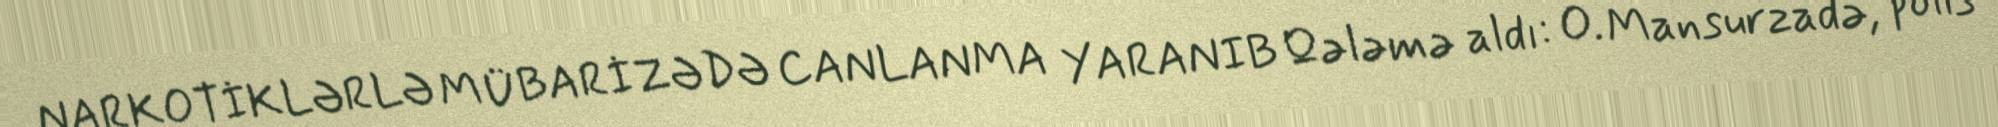
NARKOTİKLƏRLƏ MÜBARİZƏDƏ CANLANMA YARANIB Qələmə aldı: O. Mansurzadə, polis